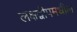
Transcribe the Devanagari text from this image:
लक्षद्वीपमधील